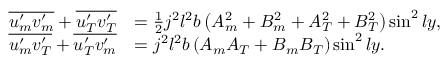
\begin{array} { r l } { \overline { { u _ { m } ^ { \prime } v _ { m } ^ { \prime } } } + \overline { { u _ { T } ^ { \prime } v _ { T } ^ { \prime } } } } & { = \frac { 1 } { 2 } j ^ { 2 } l ^ { 2 } b \left( { A _ { m } ^ { 2 } } + { B _ { m } ^ { 2 } } + { A _ { T } ^ { 2 } } + { B _ { T } ^ { 2 } } \right) \sin ^ { 2 } l y , } \\ { \overline { { u _ { m } ^ { \prime } v _ { T } ^ { \prime } } } + \overline { { u _ { T } ^ { \prime } v _ { m } ^ { \prime } } } } & { = j ^ { 2 } l ^ { 2 } b \left( { A _ { m } A _ { T } } + { B _ { m } B _ { T } } \right) \sin ^ { 2 } l y . } \end{array}